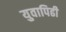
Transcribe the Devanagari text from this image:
युवापिढी